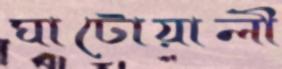
ঘাটোয়ালী